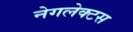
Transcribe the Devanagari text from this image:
नेगलेक्टस